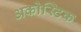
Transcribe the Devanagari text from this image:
अकोस्टिक